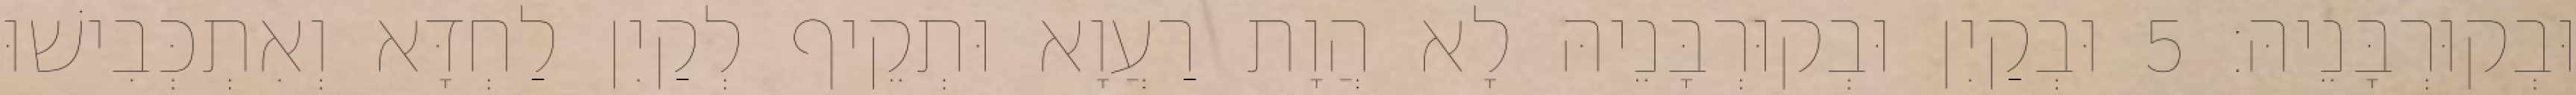
וּבְקוּרְבָּנֵיהּ׃ 5 וּבְקַיִן וּבְקוּרְבָּנֵיהּ לָא הֲוָת רַעֲוָא וּתְקֵיף לְקַיִן לַחְדָּא וְאִתְכְּבִישׁוּ